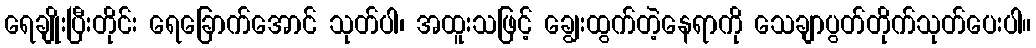
ရေချိုးပြီးတိုင်း ရေခြောက်အောင် သုတ်ပါ၊ အထူးသဖြင့် ချွေးထွက်တဲ့နေရာကို သေချာပွတ်တိုက်သုတ်ပေးပါ။